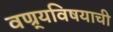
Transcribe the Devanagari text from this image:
वण्र्यविषयाची